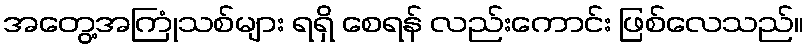
အတွေ့အကြုံသစ်များ ရရှိ စေရန် လည်းကောင်း ဖြစ်လေသည်။